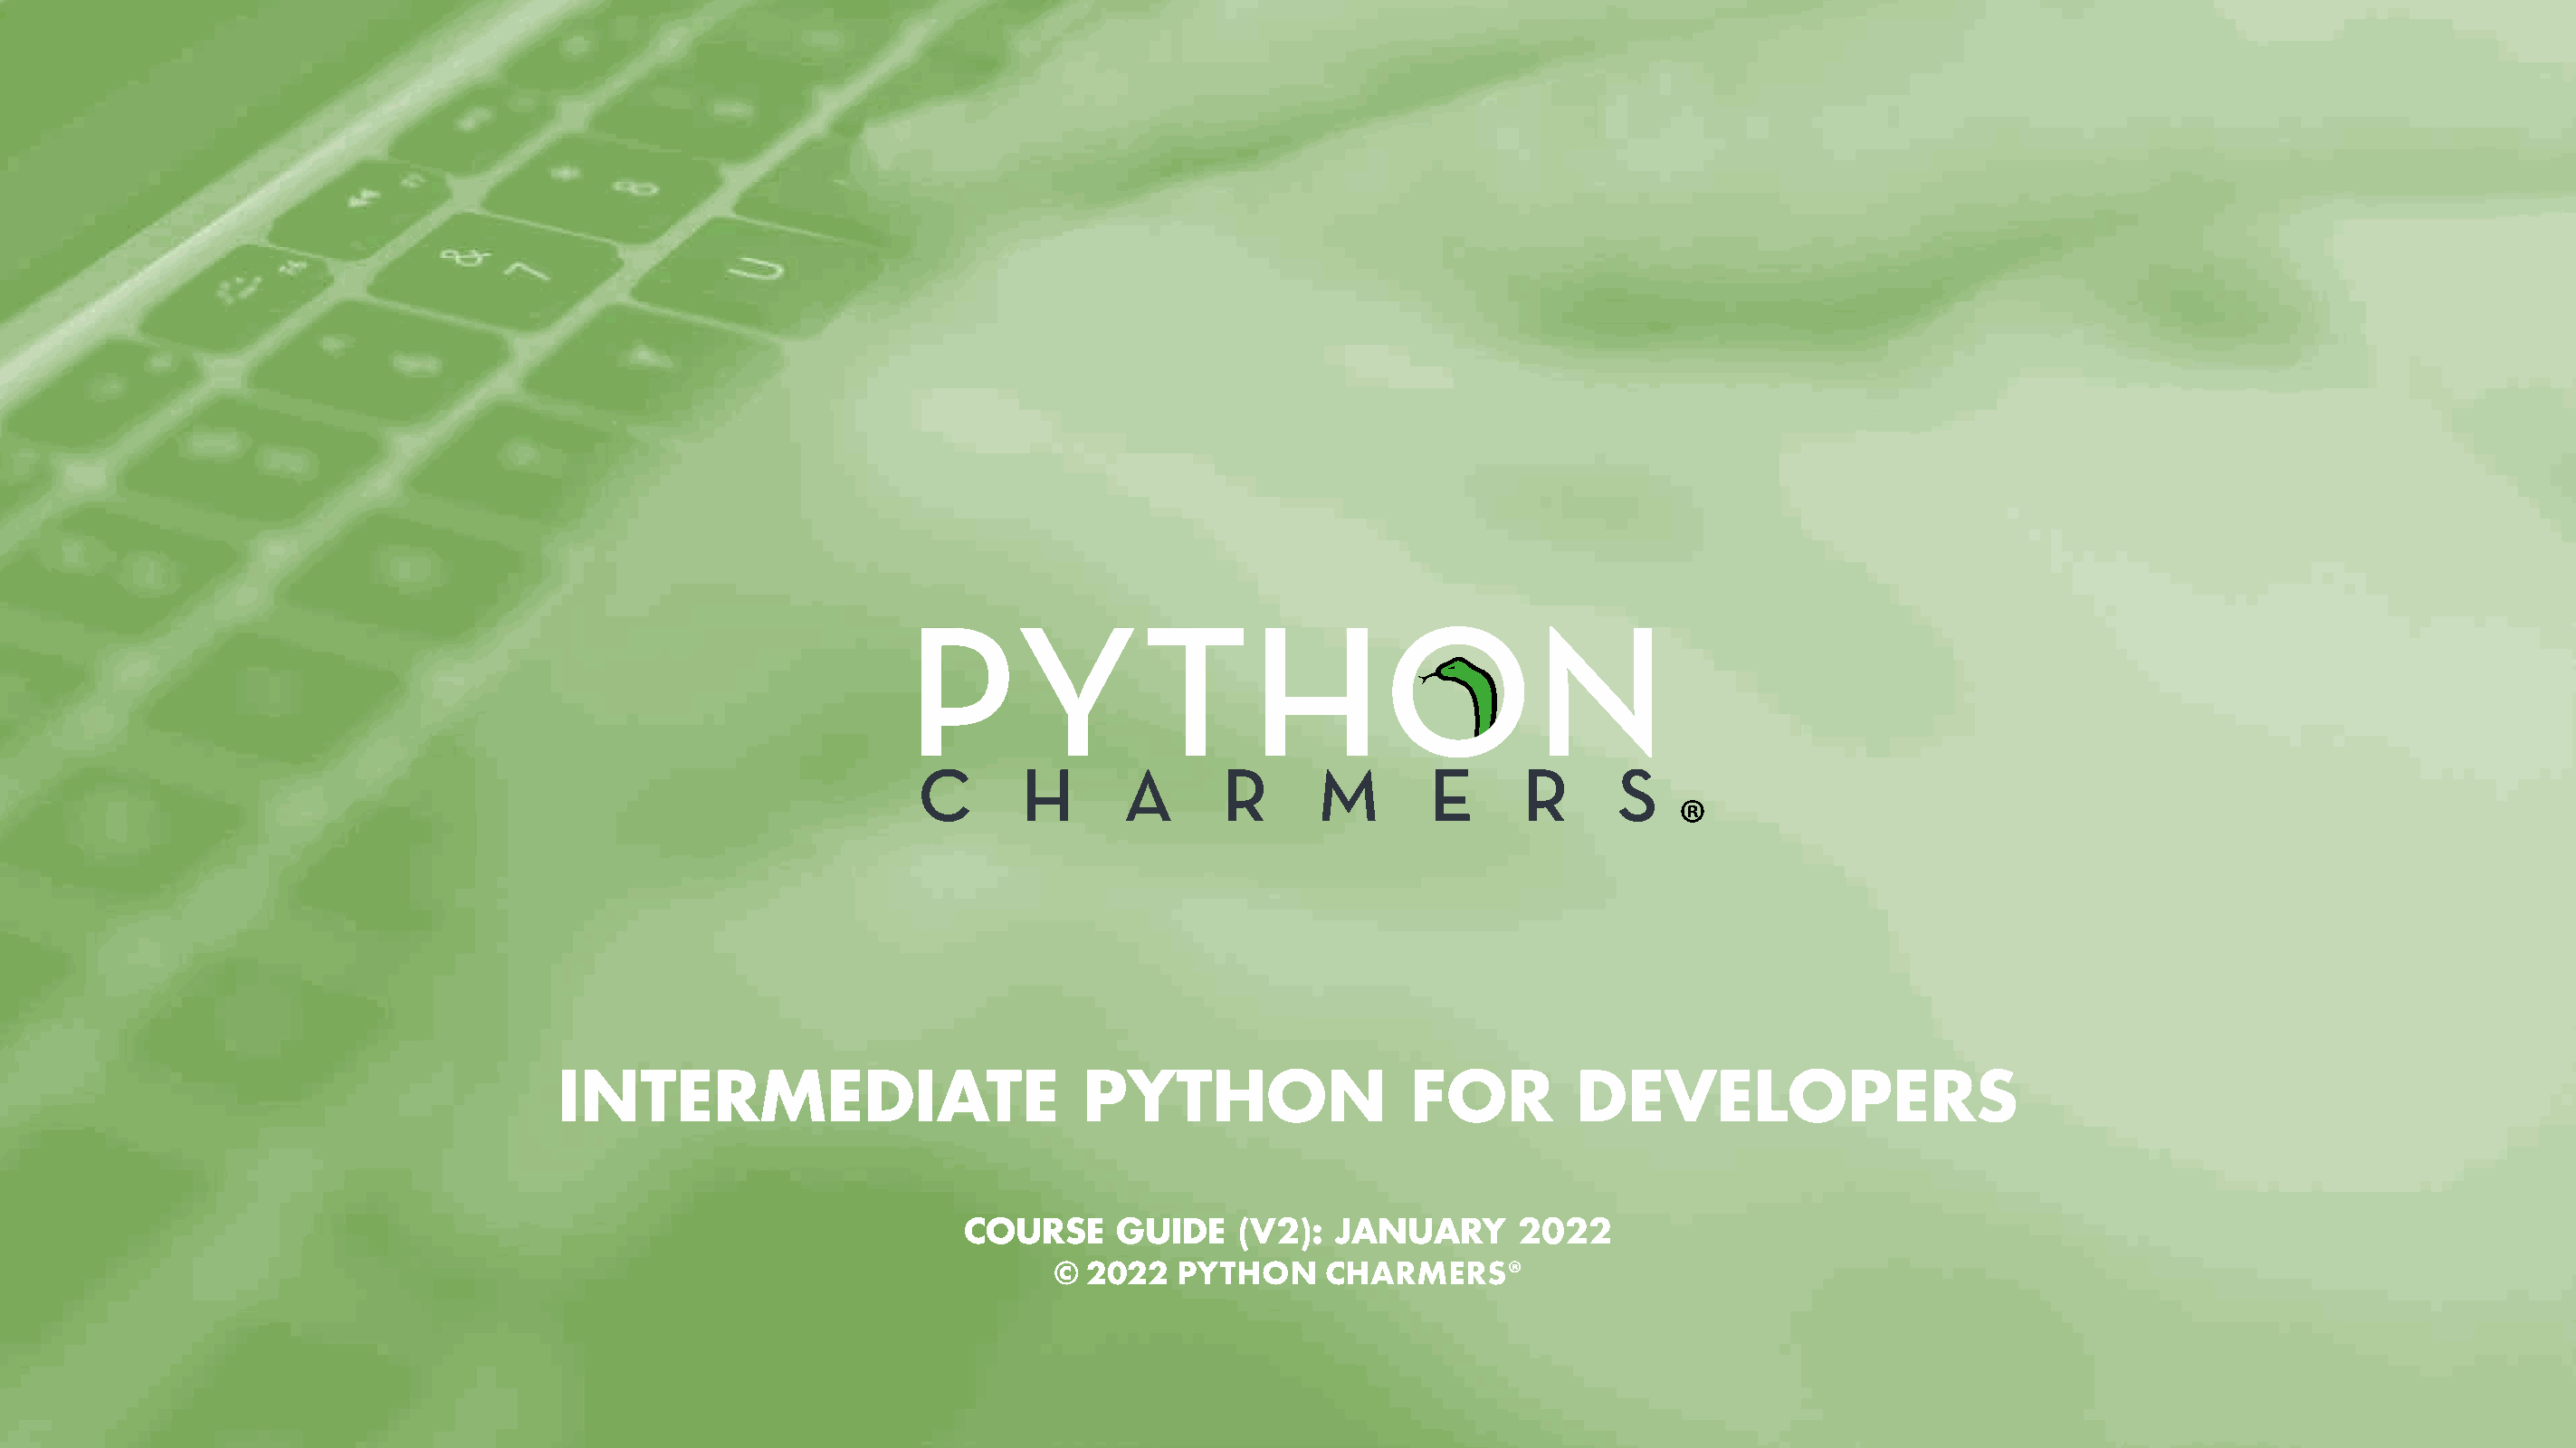
®
 INTERMEDIATE                          PYTHON                  FOR         DEVELOPERS
 COURSE     GUIDE    (V2):  JANUARY      2022
 ©  2022  PYTHON     CHARMERS®